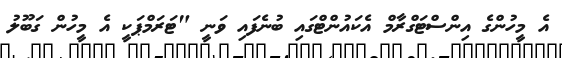
އެ މީހުންގެ އިންސްޓަގްރާމް އެކައުންޓްގައި ބުނެފައި ވަނީ "ޓަރަމްޕަކީ އެ މީހުން ގަބޫލު